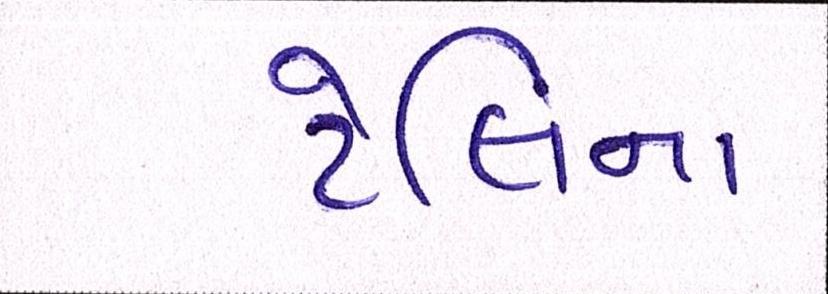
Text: ટેલિના